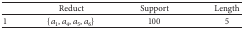
<table><thead><tr><td><b> </b></td><td><b>Reduct</b></td><td><b>Support</b></td><td><b>Length</b></td></tr></thead><tbody><tr><td>1</td><td>{<i>a</i><sub>1</sub>, <i>a</i><sub>4</sub>, <i>a</i><sub>5</sub>, <i>a</i><sub>6</sub>}</td><td>100</td><td>5</td></tr></tbody></table>